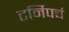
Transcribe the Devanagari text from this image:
टर्निपचं